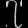
Digit: ၇